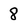
Character: 8